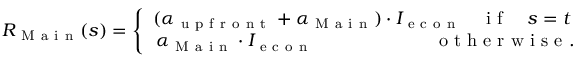
R _ { \mathrm { ~ M ~ a ~ i ~ n ~ } } ( s ) = \left\{ \begin{array} { l l } { ( \alpha _ { \mathrm { ~ u ~ p ~ f ~ r ~ o ~ n ~ t ~ } } + \alpha _ { \mathrm { ~ M ~ a ~ i ~ n ~ } } ) \cdot I _ { \mathrm { ~ e ~ c ~ o ~ n ~ } } \quad \mathrm { ~ i ~ f ~ } \quad s = t } \\ { \, \alpha _ { \mathrm { ~ M ~ a ~ i ~ n ~ } } \cdot I _ { \mathrm { ~ e ~ c ~ o ~ n ~ } } \quad \quad \quad \quad \quad \quad \, \, \, \mathrm { ~ o ~ t ~ h ~ e ~ r ~ w ~ i ~ s ~ e ~ } . } \end{array} \right.